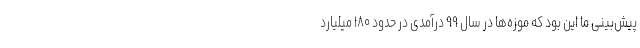
پیش‌بینی ما این بود که موزه‌ها در سال ۹۹ درآمدی در حدود ۱۸۰ میلیارد